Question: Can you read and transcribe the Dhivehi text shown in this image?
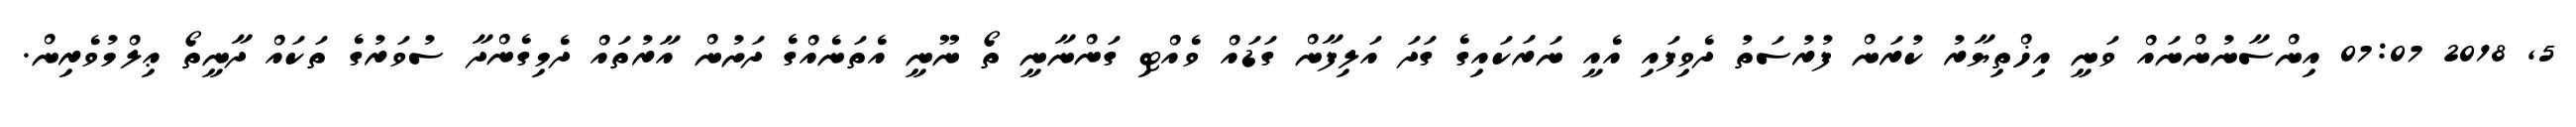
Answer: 5, 2018 07:07 އިންސާނުންނައް ވަނީ އިޚްތިޔާރު ކުރަން ފުރުސަތު ދެވިފައި އެއީ ނަރަކައިގެ ގަދަ އަލިފާން ގަޑައް ވެއްޓި ގަންނާނީ ތޯ ނޫނީ އެތަނެއްގެ ދަށުން އާރުތައް ދެމިގެންދާ ސުވަރުގެ ތަކައް ދާނީތޯ ޢިލްމުވެރިން.